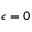
\epsilon = 0